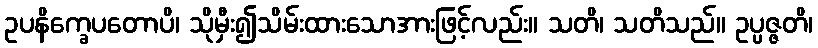
ဥပနိက္ခေပတောပိ၊ သိုမှီး၍သိမ်းထားသောအားဖြင့်လည်း။ သတိ၊ သတိသည်။ ဥပ္ပဇ္ဇတိ၊